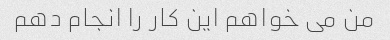
من می خواهم این کار را انجام دهم